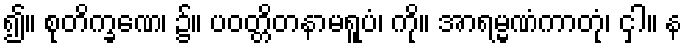
၍။ စုတိက္ခဏေ၊ ၌။ ပဝတ္တိတနာမရူပံ၊ ကို။ အာရမ္မဏံကာတုံ၊ ငှါ။ န